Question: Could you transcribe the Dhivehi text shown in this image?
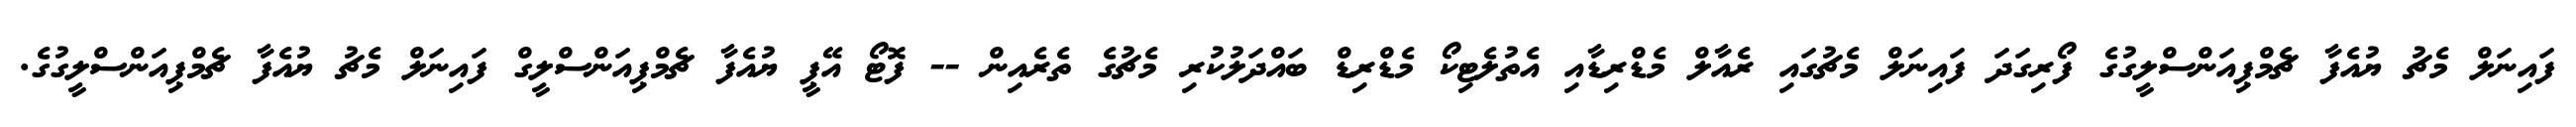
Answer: ފައިނަލް މެޗު ޔުއެފާ ޗެމްޕިއަންސްލީގުގެ ފޯރިގަދަ ފައިނަލް މެޗުގައި ރެއާލް މެޑްރިޑާއި އެތުލެޓިކޯ މެޑްރިޑް ބައްދަލުކުރި މެޗުގެ ތެރެއިން -- ފޮޓޯ އޭޕީ ޔުއެފާ ޗެމްޕިއަންސްލީގް ފައިނަލް މެޗު ޔުއެފާ ޗެމްޕިއަންސްލީގުގެ.